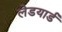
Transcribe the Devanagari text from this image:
लेडयार्ड